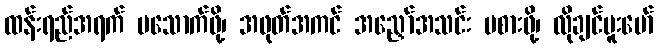
ထန်းရည်အရက် မသောက်ဖို့၊ အဖုတ်အကင် အညှော်အသင်း မစားဖို့၊ လိုချင်မူးမော်